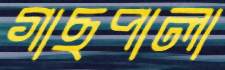
গাছপালা